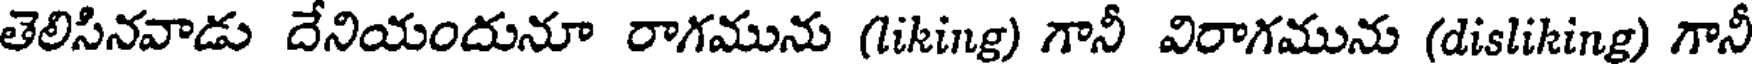
తెలిసినవాడు దేనియందునూ రాగమును (liking) గానీ విరాగమును (disliking) గానీ